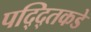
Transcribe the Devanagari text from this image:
पद्द्तिकडे